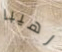
رهيبا